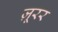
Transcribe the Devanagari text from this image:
ज़ूरर